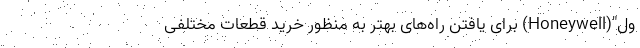
ول"(Honeywell) برای یافتن راه‌های بهتر به منظور خرید قطعات مختلفی